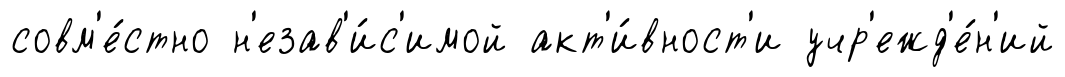
совм'е́стно н'езав'и́с'имой акт'и́вност'и учр'ежд'е́н'ий